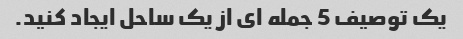
یک توصیف 5 جمله ای از یک ساحل ایجاد کنید.